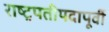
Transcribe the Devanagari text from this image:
राष्ट्रपतीपदापूर्वी